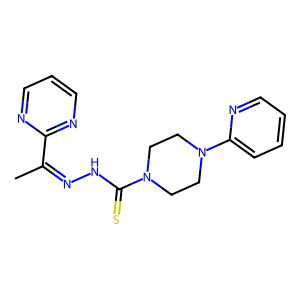
SMILES: CC(=NNC(=S)N1CCN(c2ccccn2)CC1)c1ncccn1
Inhibits HIV replication: No